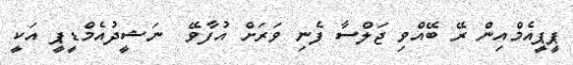
ޕީޕީއެމްއިން ރޭ ބޭއްވި ޖަލްސާ ފެނި ވަރަށް އުފާވޭ  ނަޝީދުއެމްޑީޕީ އަކީ